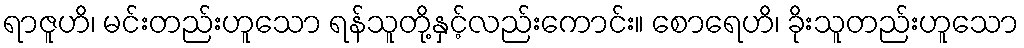
ရာဇူဟိ၊ မင်းတည်းဟူသော ရန်သူတို့နှင့်လည်းကောင်း။ စောရေဟိ၊ ခိုးသူတည်းဟူသော